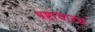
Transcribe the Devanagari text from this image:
भ्रष्टाचारच